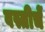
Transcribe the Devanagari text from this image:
वस्तीचें